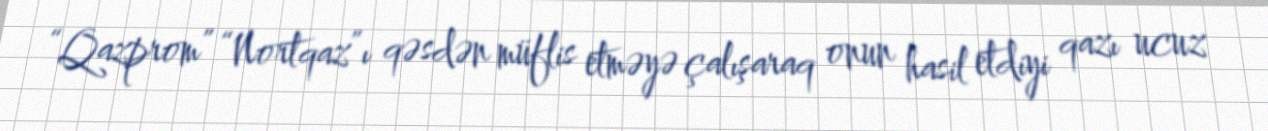
“Qazprom” “Nortqaz”ı qəsdən müflis etməyə çalışaraq onun hasil etdiyi qazı ucuz